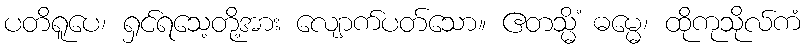
ပတိရူပေ၊ ရှင်ရသေ့တို့အား လျောက်ပတ်သော။ ဧတသ္မိံ ဓမ္မေ၊ ထိုကုသိုလ်ကံ